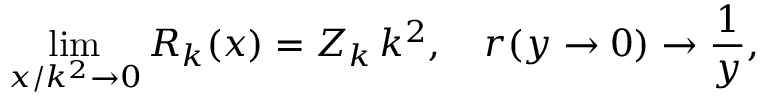
\operatorname * { l i m } _ { x / k ^ { 2 } \to 0 } R _ { k } ( x ) = Z _ { k } \, k ^ { 2 } , \quad r ( y \to 0 ) \to \frac { 1 } { y } ,